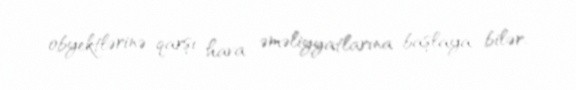
obyektlərinə qarşı hava əməliyyatlarına başlaya bilər.